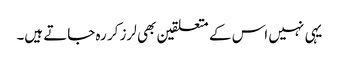
یہی نہیں اس کے متعلقین بھی لرز کر رہ جاتے ہیں۔